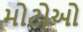
મોટોઓ